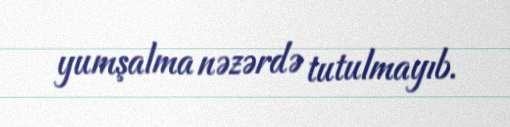
yumşalma nəzərdə tutulmayıb.